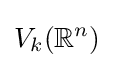
V_{k}(\mathbb {R} ^{n})